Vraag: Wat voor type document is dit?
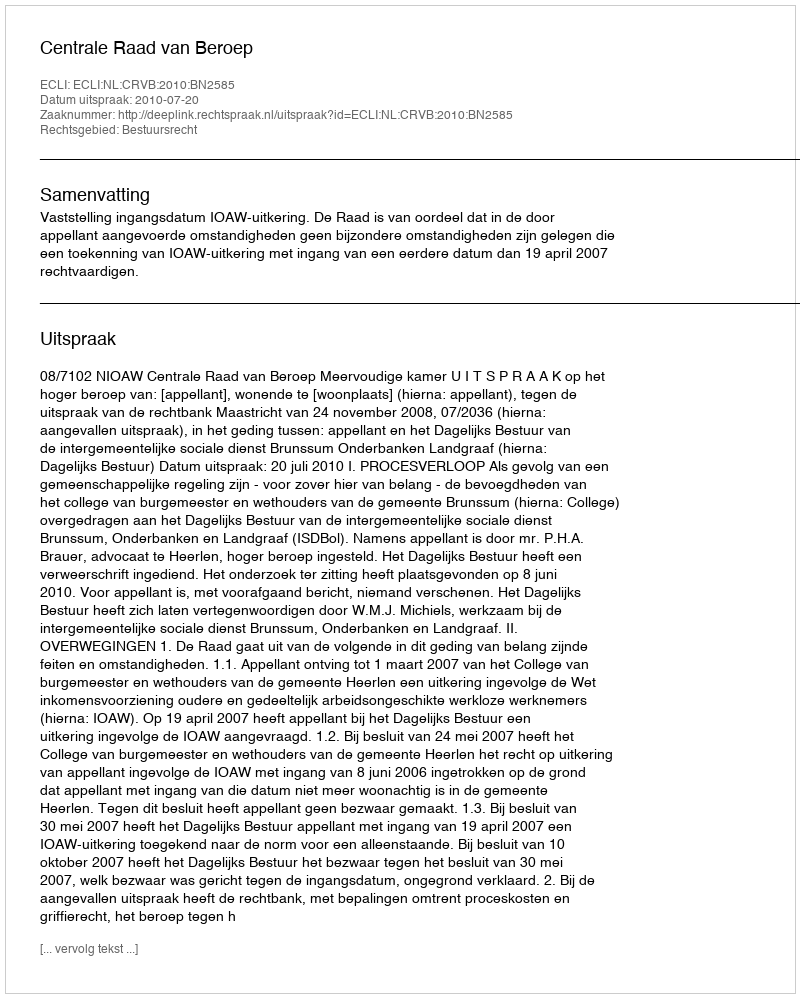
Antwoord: Uitspraak